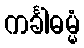
ကင်္ခါဓမ္မံ